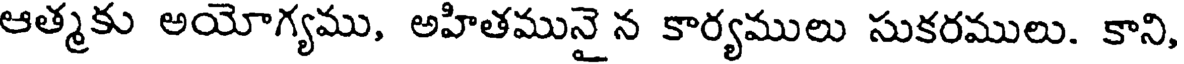
ఆత్మకు అయోగ్యము, అహితమునై న కార్యములు సుకరములు. కాని,